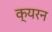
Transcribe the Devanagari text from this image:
क्यरन